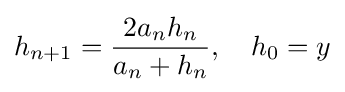
h_{n+1}={\frac {2{a_{n}}{h_{n}}}{a_{n}+h_{n}}},\quad h_{0}=y